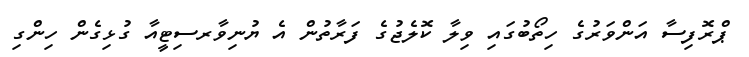
ޕްރޮފިސާ އަންވަރުގެ ހިތޯބުގައި ވިލާ ކޮލެޖުގެ ފަރާތުން އެ ޔުނިވާރސިޓީއާ ގުޅިގެން ހިންގި